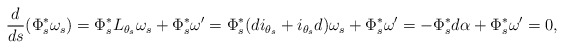
\begin{align*}\frac{d}{ds} (\Phi_s^* \omega_s) = \Phi_s^* L_{\theta_s} \omega_s +\Phi_s^* \omega' = \Phi_s^* (d i_{\theta_s} + i_{\theta_s} d)\omega_s+ \Phi_s^* \omega' = -\Phi_s^* d\alpha + \Phi_s^* \omega' = 0,\end{align*}